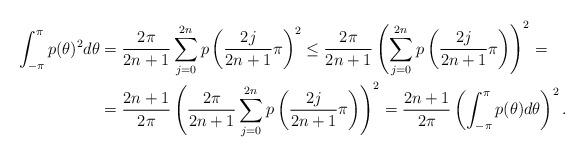
LaTeX: \begin{align*}\int_{-\pi}^{\pi} p(\theta)^2d\theta&=\frac{2\pi}{2n+1}\sum_{j=0}^{2n}p\left(\frac{2j}{2n+1}\pi\right)^2\leq\frac{2\pi}{2n+1}\left(\sum_{j=0}^{2n}p\left(\frac{2j}{2n+1}\pi\right)\right)^2=\\&=\frac{2n+1}{2\pi}\left(\frac{2\pi}{2n+1}\sum_{j=0}^{2n}p\left(\frac{2j}{2n+1}\pi\right)\right)^2=\frac{2n+1}{2\pi}\left(\int_{-\pi}^{\pi}p(\theta)d\theta\right)^2.\end{align*}